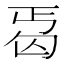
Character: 𠣣